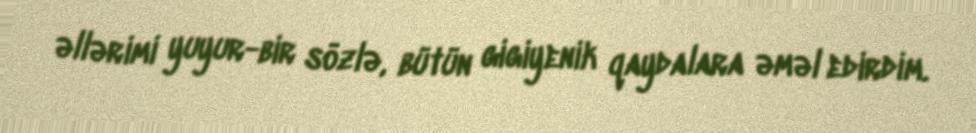
əllərimi yuyur-bir sözlə, bütün gigiyenik qaydalara əməl edirdim.